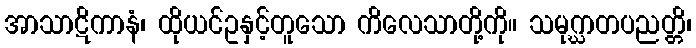
အာသာဋိကာနံ၊ ထိုယင်ဥနှင့်တူသော ကိလေသာတို့ကို။ သမုဂ္ဃာတပညတ္တိ၊